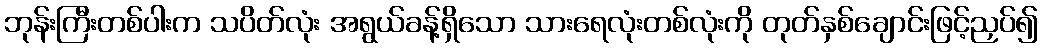
ဘုန်းကြီးတစ်ပါးက သပိတ်လုံး အရွယ်ခန့်ရှိသော သားရေလုံးတစ်လုံးကို တုတ်နှစ်ချောင်းဖြင့်ညှပ်၍